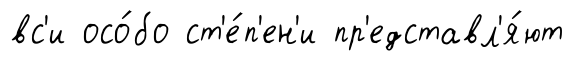
вс'и осо́бо ст'е́п'ен'и пр'едставл'я́ют